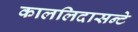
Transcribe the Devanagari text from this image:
काललिदासन्टे